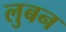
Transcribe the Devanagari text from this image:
लुबन